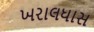
ખરાલધાસ